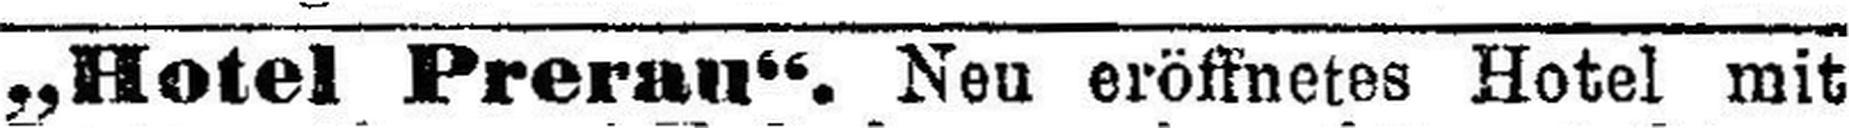
„Hotel Prerau“. Neu eröffnetes Hotel mit